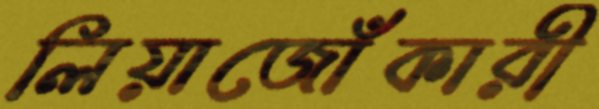
লিয়াজোঁকারী